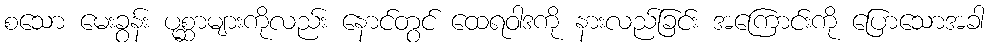
စသော မေးခွန်း ပုစ္ဆာများကိုလည်း နောင်တွင် ထေရဝါဒကို နားလည်ခြင်း အကြောင်းကို ပြောသောအခါ